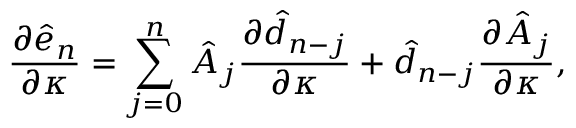
\frac { \partial \hat { e } _ { n } } { \partial \kappa } = \sum _ { j = 0 } ^ { n } \hat { A } _ { j } \frac { \partial \hat { d } _ { n - j } } { \partial \kappa } + \hat { d } _ { n - j } \frac { \partial \hat { A } _ { j } } { \partial \kappa } ,